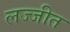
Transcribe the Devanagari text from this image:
लज्जीत